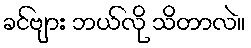
ခင်ဗျား ဘယ်လို သိတာလဲ။